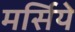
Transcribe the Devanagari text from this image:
मर्सिये